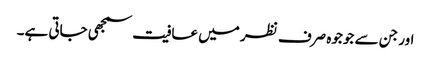
اور جن سے جوجوہ صرف نظر میں عافیت سمجھی جاتی ہے۔